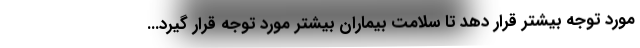
مورد توجه بیشتر قرار دهد تا سلامت بیماران بیشتر مورد توجه قرار گیرد...